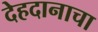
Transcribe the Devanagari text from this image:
देहदानाचा